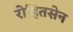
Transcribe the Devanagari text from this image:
रोहितसेन